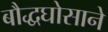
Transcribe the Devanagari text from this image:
बौद्धघोसाने